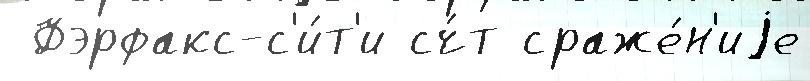
 Фэрфакс-с'и́т'и сч́т сраже́н'иjе